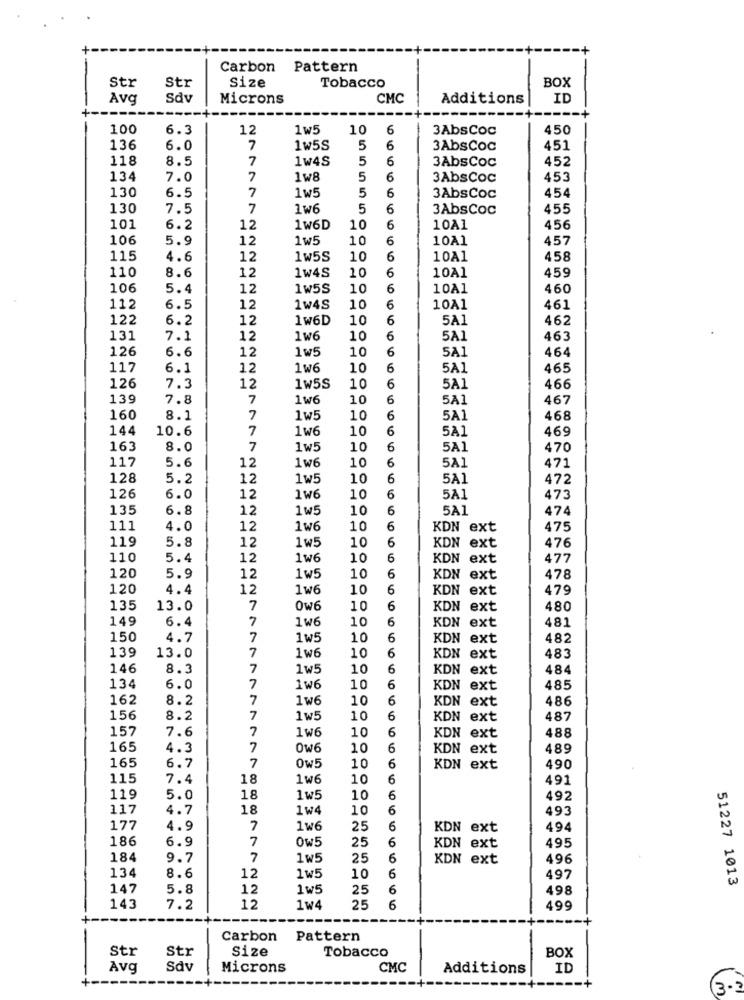
Carbon Pattern
Str
Str
Size
Tobacco
BOX
Avg
Sdv
Microns
CMC
Additions
ID
100
6.3
12
1w5
10
6
3AbsCoc
450
136
6.0
7
1w5S
5
6
3AbsCoc
451
118
8.5
7
1w4S
5
6
3AbsCoc
452
134
7.0
7
1w8
5
6
3AbsCoc
453
130
7
5
6
454
6.5
1w5
3AbsCoc
130
7.5
7
1w6
5
6
3AbsCoc
455
101
6.2
12
1W6D
10
6
10A1
456
106
5.9
12
1w5
10
6
10A1
457
115
4.6
12
1w5S
10
6
10A1
458
110
10
6
459
8.6
12
1w4S
10A1
106
5.4
12
1w5S
10
6
10A1
460
112
6.5
12
1w4S
10
6
10A1
461
122
6.2
12
1W6D
10
6
5A1
462
131
7.1
12
1w6
10
6
5A1
463
126
6.6
1w5
10
6
5A1
464
12
117
6.1
12
1w6
10
6
5A1
465
126
7.3
12
1w5S
10
6
5A1
466
139
7.8
7
1w6
10
6
5A1
467
160
8.1
7
1w5
10
6
5A1
468
144
10.6
7
1w6
10
6
5A1
469
163
8.0
7
1w5
10
6
5A1
470
117
5.6
12
1w6
10
6
5A1
471
128
5.2
12
1w5
10
6
5A1
472
126
6.0
12
1W6
10
6
5A1
473
135
6.8
12
1w5
10
6
5A1
474
111
4.0
12
1w6
10
6
KDN ext
475
119
5.8
12
1w5
10
6
KDN ext
476
110
5.4
12
1w6
10
6
KDN ext
477
120
6
5.9
12
1 w5
10
KDN ext
478
120
4.4
12
1w6
10
6
KDN ext
479
135
13.0
7
0w6
10
6
KDN ext
480
149
6.4
7
1W6
10
6
KDN ext
481
150
4.7
7
1w5
10
6
KDN ext
482
139
13.0
10
7
1 we
6
KDN ext
483
146
8.3
7
1w5
10
6
KDN ext
484
134
6.0
7
1we
10
6
KDN ext
485
162
8.2
7
1w6
10
6
KDN ext
486
156
8.2
7
1w5
10
6
KDN ext
487
157
7.6
7
1W6
10
6
488
KDN ext
165
4.3
7
Ow6
10
6
KDN ext
489
165
6.7
7
0w5
10
6
KDN ext
490
115
7.4
18
1w6
10
6
491
119
5.0
18
1w5
10
6
492
117
4.7
18
1w4
10
6
493
177
4.9
7
1w6
25
6
KDN ext
494
186
6.9
7
OW5
25
6
495
KDN ext
184
9.7
7
1w5
25
6
KDN ext
496
134
8.6
12
1w5
10
6
497
51227 1013
147
5.8
12
1w5
25
6
498
143
7.2
12
1w4
25
6
499
Carbon
Pattern
Str
Str
Size
Tobacco
BOX
Avq
Sdv
Microns
CMC
Additions
ID
3-3